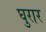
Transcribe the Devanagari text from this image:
घुरार